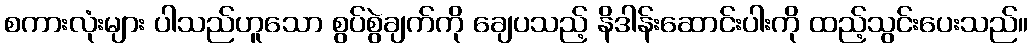
စကားလုံးများ ပါသည်ဟူသော စွပ်စွဲချက်ကို ချေပသည့် နိဒါန်းဆောင်းပါးကို ထည့်သွင်းပေးသည်။